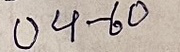
04 - 60